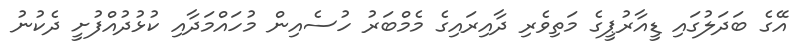
އޭގެ ބަދަލުގައި ޑީއާރުޕީގެ މަތިވެރި ދާއިރައިގެ މެމްބަރު ހުސެއިން މުހައްމަދާއި ކުޅުދުއްފުށީ ދެކުނު